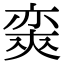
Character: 𡙩